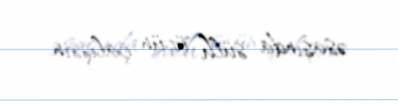
əsasında sülh üçün çalışsın.